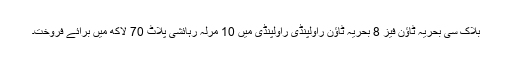
بلاک سی بحریہ ٹاؤن فیز 8 بحریہ ٹاؤن راولپنڈی راولپنڈی میں 10 مرلہ رہائشی پلاٹ 70 لاکھ میں برائے فروخت۔